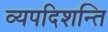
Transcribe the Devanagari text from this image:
व्यपदिशन्ति